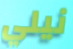
نيلي